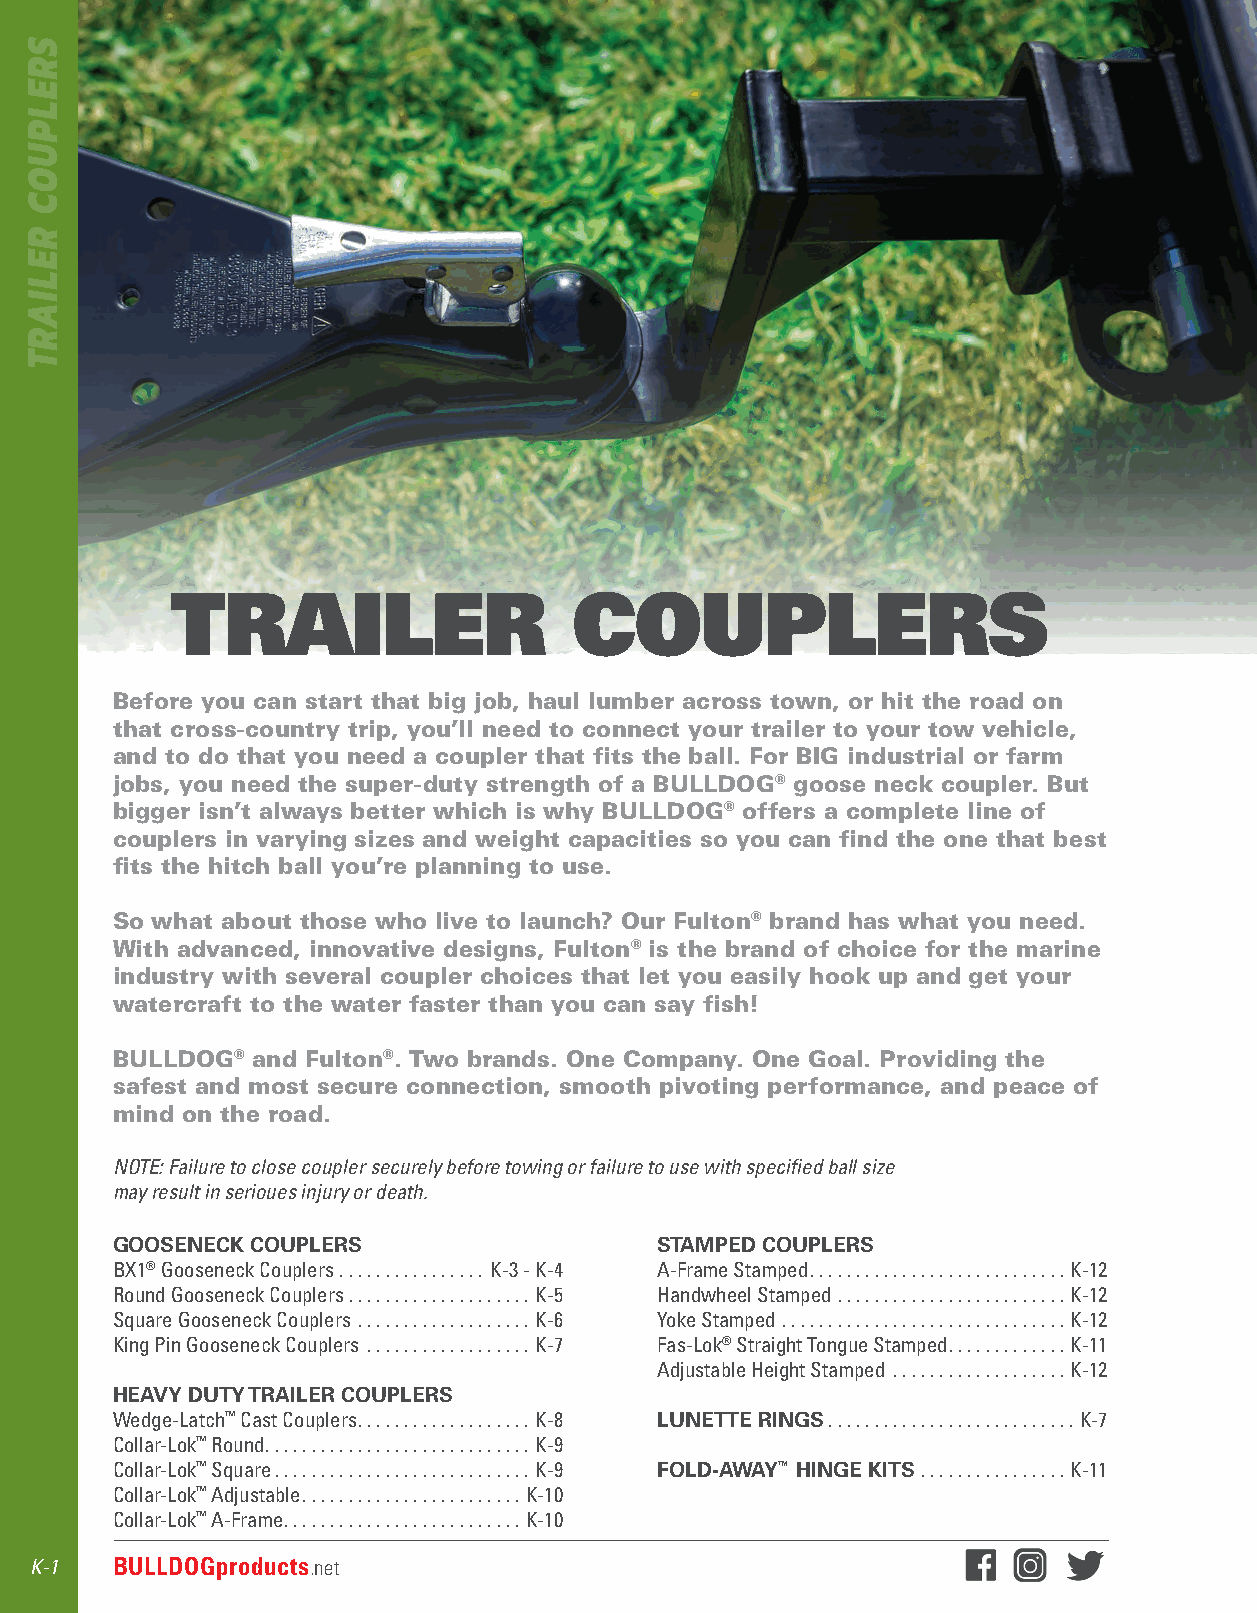
TRAILER                    COUPLERS
 Before you can start that big job, haul lumber across town, or hit the road on
 that cross-country trip, you’ll need to connect your trailer to your tow vehicle,
 and to do that you need a coupler that fits the ball. For BIG industrial or farm
 jobs, you need the super-duty strength of a BULLDOG® goose neck coupler. But
 bigger isn’t always better which is why BULLDOG® offers a complete line of
 couplers in varying sizes and weight capacities so you can find the one that best
 fits the hitch ball you’re planning to use.
 So what about those who live to launch? Our Fulton® brand has what you need.
 With advanced, innovative designs, Fulton® is the brand of choice for the marine
 industry with several coupler choices that let you easily hook up and get your
 watercraft to the water faster than you can say fish!
 BULLDOG®  and Fulton®. Two brands. One Company. One Goal. Providing the
 safest and most secure connection, smooth pivoting performance, and peace of
 mind on the road.
 NOTE: Failure to close coupler securely before towing or failure to use with specified ball size
 may result in serioues injury or death.
 GOOSENECK COUPLERS                  STAMPED COUPLERS
 BX1® Gooseneck Couplers  . . . . . . . . . . . . . . . . K-3 - K-4 A-Frame Stamped . . . . . . . . . . . . . . . . . . . . . . . . . . . .K-12
 Round Gooseneck Couplers  . . . . . . . . . . . . . . . . . . . .K-5 Handwheel Stamped  . . . . . . . . . . . . . . . . . . . . . . . . .K-12
 Square Gooseneck Couplers  . . . . . . . . . . . . . . . . . . .K-6 Yoke Stamped  . . . . . . . . . . . . . . . . . . . . . . . . . . . . . . .K-12
 King Pin Gooseneck Couplers  . . . . . . . . . . . . . . . . . .K-7 Fas-Lok® Straight Tongue Stamped . . . . . . . . . . . . .K-11
 Adjustable Height Stamped  . . . . . . . . . . . . . . . . . . .K-12
 HEAVY DUTY TRAILER COUPLERS
 Wedge-Latch™ Cast Couplers . . . . . . . . . . . . . . . . . . .K-8 LUNETTE RINGS . . . . . . . . . . . . . . . . . . . . . . . . . . .K-7
 Collar-Lok™ Round . . . . . . . . . . . . . . . . . . . . . . . . . . . . .K-9
 Collar-Lok™ Square . . . . . . . . . . . . . . . . . . . . . . . . . . . .K-9 FOLD-AWAY™ HINGE KITS  . . . . . . . . . . . . . . . .K-11
 Collar-Lok™ Adjustable . . . . . . . . . . . . . . . . . . . . . . . .K-10
 Collar-Lok™ A-Frame . . . . . . . . . . . . . . . . . . . . . . . . . .K-10
 K-1  BULLDOGproducts.net
 SRELPUOC
 RELIART